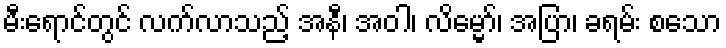
မီးရောင်တွင် လက်လာသည့် အနီ၊ အဝါ၊ လိမ္မော်၊ အပြာ၊ ခရမ်း စသော